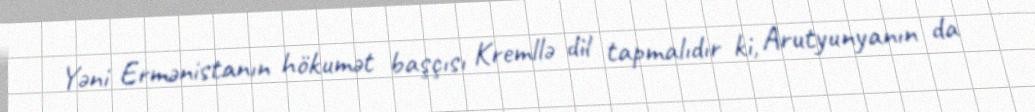
Yəni Ermənistanın hökumət başçısı Kremllə dil tapmalıdır ki, Arutyunyanın da